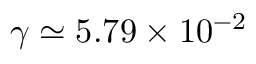
\gamma \simeq 5 . 7 9 \times 1 0 ^ { - 2 }